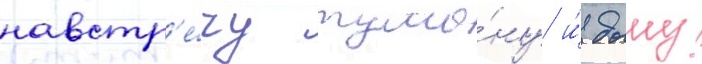
навстр'е́чу тума́ну и́ дыму